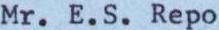
Mr. E.S. Repo